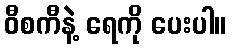
ဝီစကီနဲ့ ရေကို ပေးပါ။